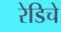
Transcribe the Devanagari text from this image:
रेडिचे